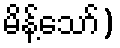
မိန့်သော်)